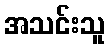
အသင်းသူ